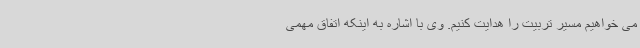
می خواهیم مسیر تربیت را هدایت کنیم. وی با اشاره به اینکه اتفاق مهمی